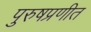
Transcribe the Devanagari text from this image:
पुरुषप्रणीत